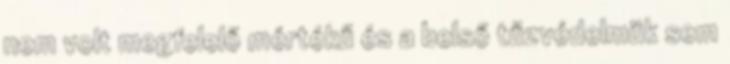
nem volt megfelelő mértékű és a belső tűzvédelmük sem